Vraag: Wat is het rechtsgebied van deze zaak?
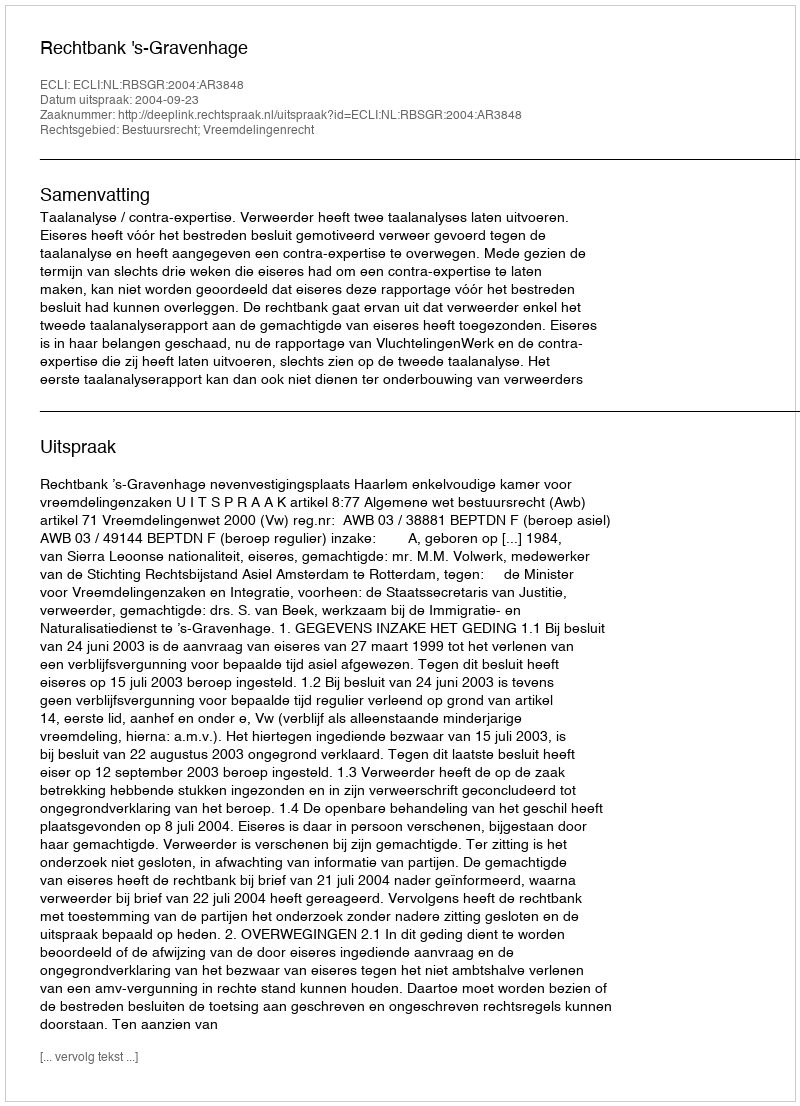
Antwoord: Bestuursrecht; Vreemdelingenrecht